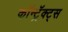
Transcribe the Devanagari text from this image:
कॉन्ट्रॅक्ट्स